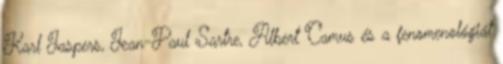
Karl Jaspers, Jean-Paul Sartre, Albert Camus és a fenomenológiát